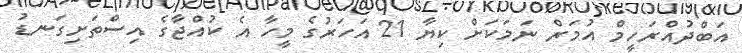
އަބްދުއްރަހީމް އުމަރް ނަމަކަށް ކިޔާ 21 އަހަރުގެ މީހާ އެ ކުއްޖާގެ އިސްތަށިގަނޑު